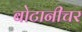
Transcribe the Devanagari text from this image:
बोटानीचर